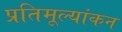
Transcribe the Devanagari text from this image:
प्रतिमूल्यांकन